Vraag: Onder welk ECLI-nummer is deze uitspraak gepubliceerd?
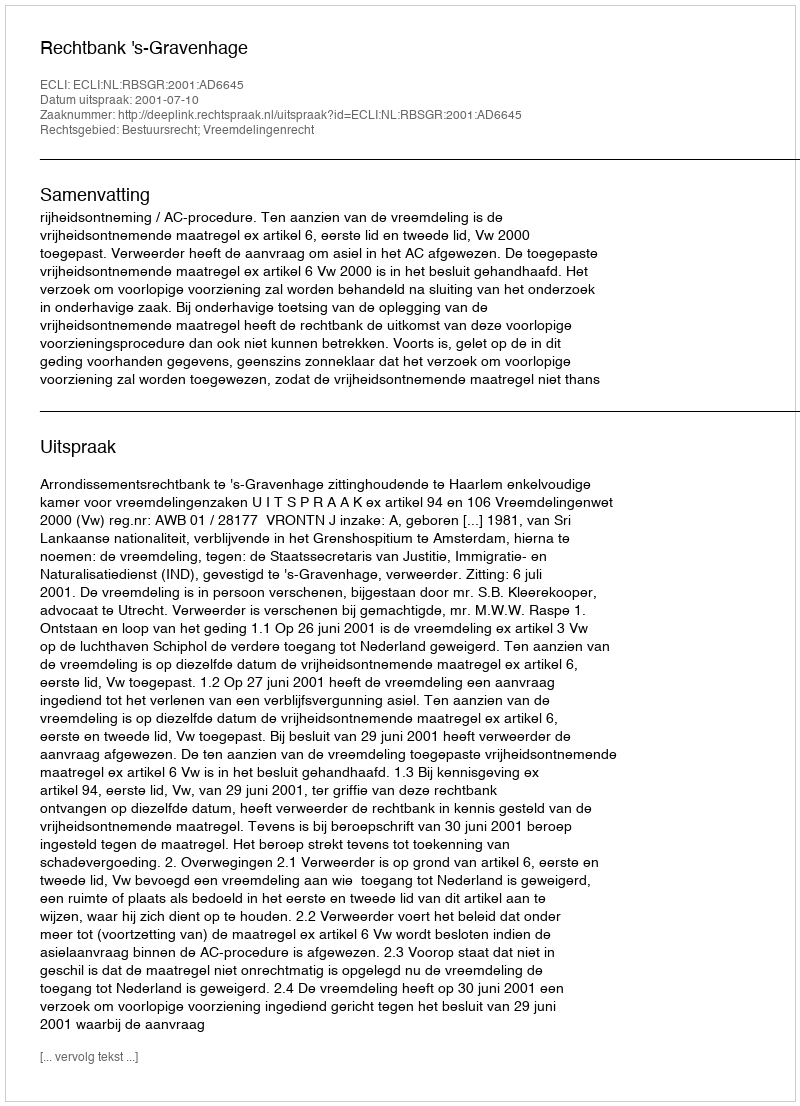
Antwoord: ECLI:NL:RBSGR:2001:AD6645